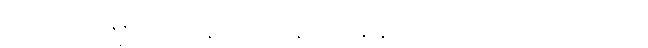
ဒွေဘာဂသိက္ခာပဒဝဏ္ဏနာ အာသနာရဟန္တိ နာမေသု ဘဏ္ဍိကံ ပဋိဟတော